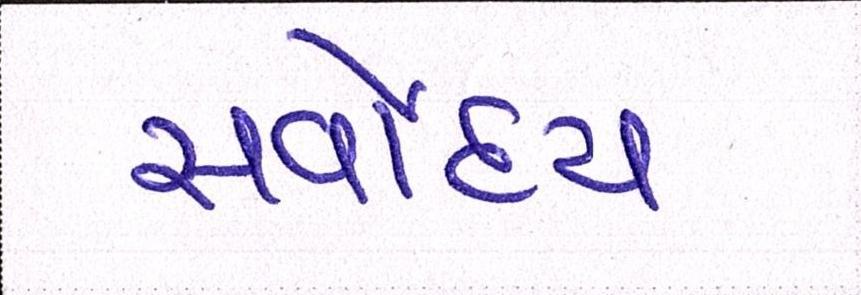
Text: સર્વોદય